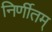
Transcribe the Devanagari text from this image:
निर्णीतम्